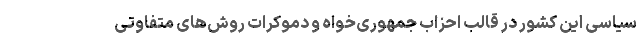
سیاسی این کشور در قالب احزاب جمهوری‌­خواه و دموکرات روش­‌های متفاوتی